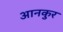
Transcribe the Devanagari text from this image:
आनकुर